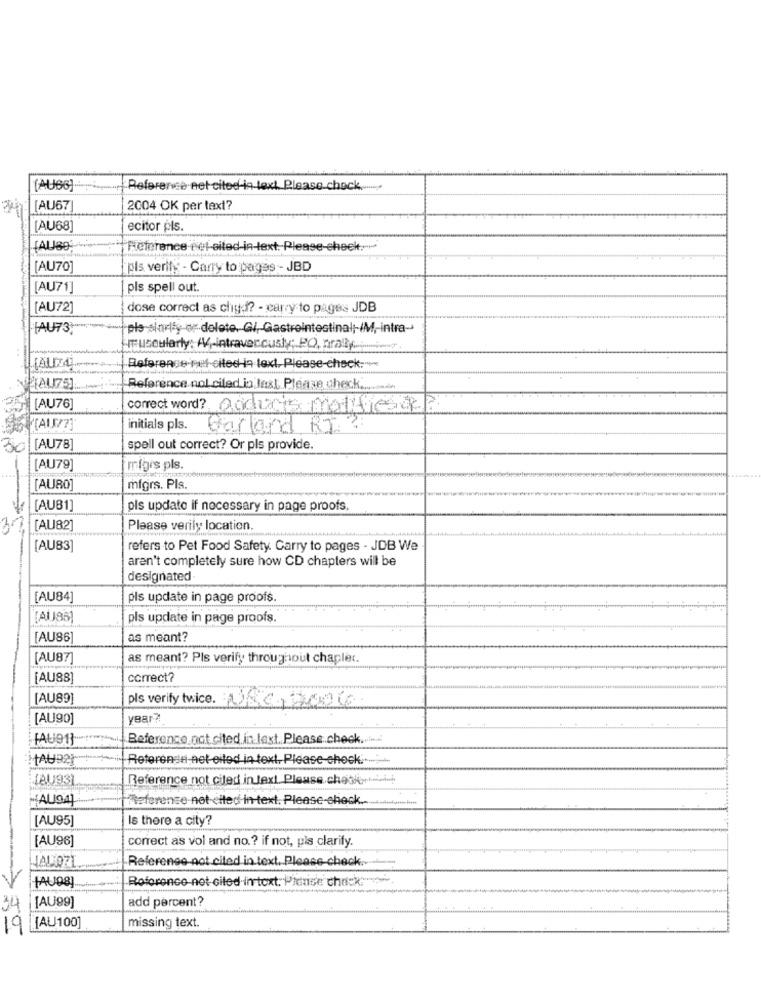
(AU66)
Reference net cited-in-text. Please chock ........
[AU67
2004 OK per text?
[AU68]
ecitor pls.
(AUBO
Reference eef-oiled-in-text. Please-check.">
[AU70]
pls verify - Carry to pages - JBD
[AU71]
pls spell out.
[AU72]
dose correct as chud? - carry to pages JDB
[AU73)
ple sarily or dolote. G/, Gastrointestinal; IM, intra-
muscularly: +4-intravenously; PO, nrally ...
Referense met cited in text, Please-check:"
Reference nol ciled in Jest, Please check ......
[AU76]
correct word? Andonis Modifica
initials pls.
Garland RT ?
00 [AU78]
spell out correct? Or pls provide.
[AU79]
riges pls.
[AURO]
mfgrs. Pls.
[AU81]
pls update if necessary in page proofs
[AU82]
Please verily location.
[AU83]
refers to Pet Food Safety. Carry to pages - JDB We
aren't completely sure how CD chapters will be
designated
[AU84]
pls update in page proofs.
[AU86)
pls update in page proofs.
[AU86
as meant?
[AU87]
as meant? Pls verify throughout chaplet.
[AU88)
correct?
[AU89)
pls verify twice. NRG8000
[AU90]
year?
[AU91}
Reference not cited in last. Please check.
MAURer
Referense net oiled in text. Please check.
LAU931
Reference not ciled in text. Please chatice
Referense-not-cited-in-text, Please-check.
[AU95]
Is there a city?
[AU96]
correct as vol and no .? if not, pls clarify.
JAL 971
Reference not cited in text. Please check.
HAU08]
Roforonce net ciled-intext. Please check.
[AU99]
add percent?
34
missing text.
19
[[AU100]